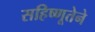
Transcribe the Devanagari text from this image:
सहिष्णूतेने